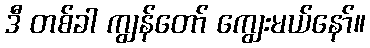
ဒီ တစ်ခါ ကျွန်တော် ကျွေးမယ်နော်။